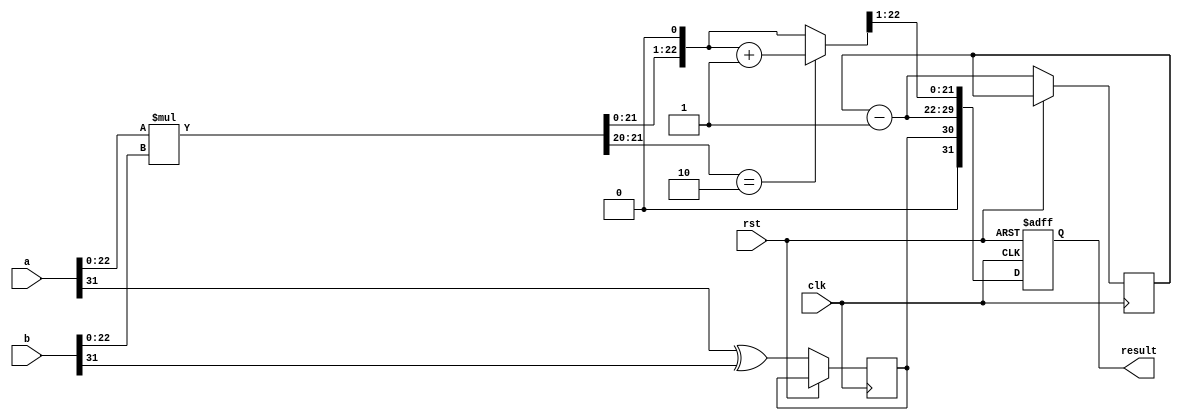
module radix4_fp_multiplier(
    input wire clk,
    input wire rst,
    input wire [31:0] a, // First floating-point number (IEEE 754)
    input wire [31:0] b, // Second floating-point number (IEEE 754)
    output reg [31:0] result // Resulting floating-point number (IEEE 754)
);

    // IEEE 754 Components
    wire sign_a = a[31];
    wire sign_b = b[31];
    wire [7:0] exp_a = a[30:23];
    wire [7:0] exp_b = b[30:23];
    wire [22:0] mant_a = {1'b1, a[22:0]}; // Implicit leading 1 for normalized numbers
    wire [22:0] mant_b = {1'b1, b[22:0]}; // Implicit leading 1 for normalized numbers

    // Intermediate variables
    reg [47:0] mant_product; // To hold the product of mantissas
    reg [7:0] exp_result; // Result exponent
    reg result_sign; // Result sign

    // Exponent bias
    localparam BIAS = 8'd127;

    // Mantissa multiplication using Radix-4 Booth's algorithm
    always @(posedge clk or posedge rst) begin
        if (rst) begin
            result <= 32'b0;
        end else begin
            // Sign of the result
            result_sign <= sign_a ^ sign_b;

            // Exponent calculation
            exp_result <= (exp_a + exp_b - BIAS);

            // Mantissa multiplication
            mant_product = mant_a * mant_b; // Simple multiplication for now

            // Normalization and rounding
            // Check for normalization
            if (mant_product[47]) begin // If the product is too large
                mant_product = mant_product >> 1; // Shift right
                exp_result = exp_result + 1; // Increase exponent
            end else if (!mant_product[46]) begin // If not normalized
                mant_product = mant_product << 1; // Shift left
                exp_result = exp_result - 1; // Decrease exponent
            end

            // Rounding (round to nearest)
            if (mant_product[22:21] == 2'b10) begin
                mant_product = mant_product + 1; // Round up
            end

            // Construct the result
            result <= {result_sign, exp_result, mant_product[22:1]}; // 23 bits for mantissa
        end
    end
endmodule